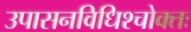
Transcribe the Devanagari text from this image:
उपासनविधिश्चोक्तः